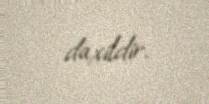
daxildir.